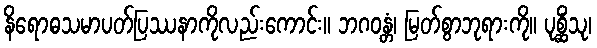
နိရောဓသမာပတ်ပြဿနာကိုလည်းကောင်း။ ဘဂဝန္တံ၊ မြတ်စွာဘုရားကို။ ပုစ္ဆိံသု၊